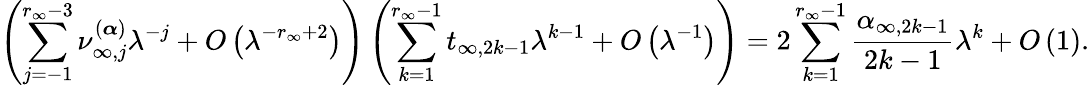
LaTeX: \left(\sum_{j=-1}^{r_{\infty}-3}\nu_{\infty,j}^{(\boldsymbol{\alpha})}\lambda^{-j}+O\left(\lambda^{-r_{\infty}+2}\right)\right)\left(\sum_{k=1}^{r_{\infty}-1}t_{\infty,2k-1}\lambda^{k-1}+O\left(\lambda^{-1}\right)\right)=2\sum_{k=1}^{r_{\infty}-1}\frac{\alpha_{\infty,2k-1}}{2k-1}\lambda^{k}+O\left(1\right).